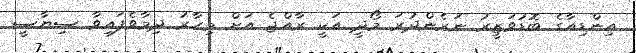
އިންޑިއާގެ ބޮޑުވަޒީރު ނަރެންދުރަ މޯދީ އަކީ ރާއްޖެ އަށް މިހާރު ދިމާވެފައިވާ ސިޔާސީ